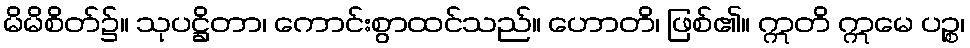
မိမိစိတ်၌။ သုပဋ္ဌိတာ၊ ကောင်းစွာထင်သည်။ ဟောတိ၊ ဖြစ်၏။ ဣတိ ဣမေ ပဉ္စ၊